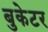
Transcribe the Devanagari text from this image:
बुकेटर